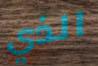
الذي